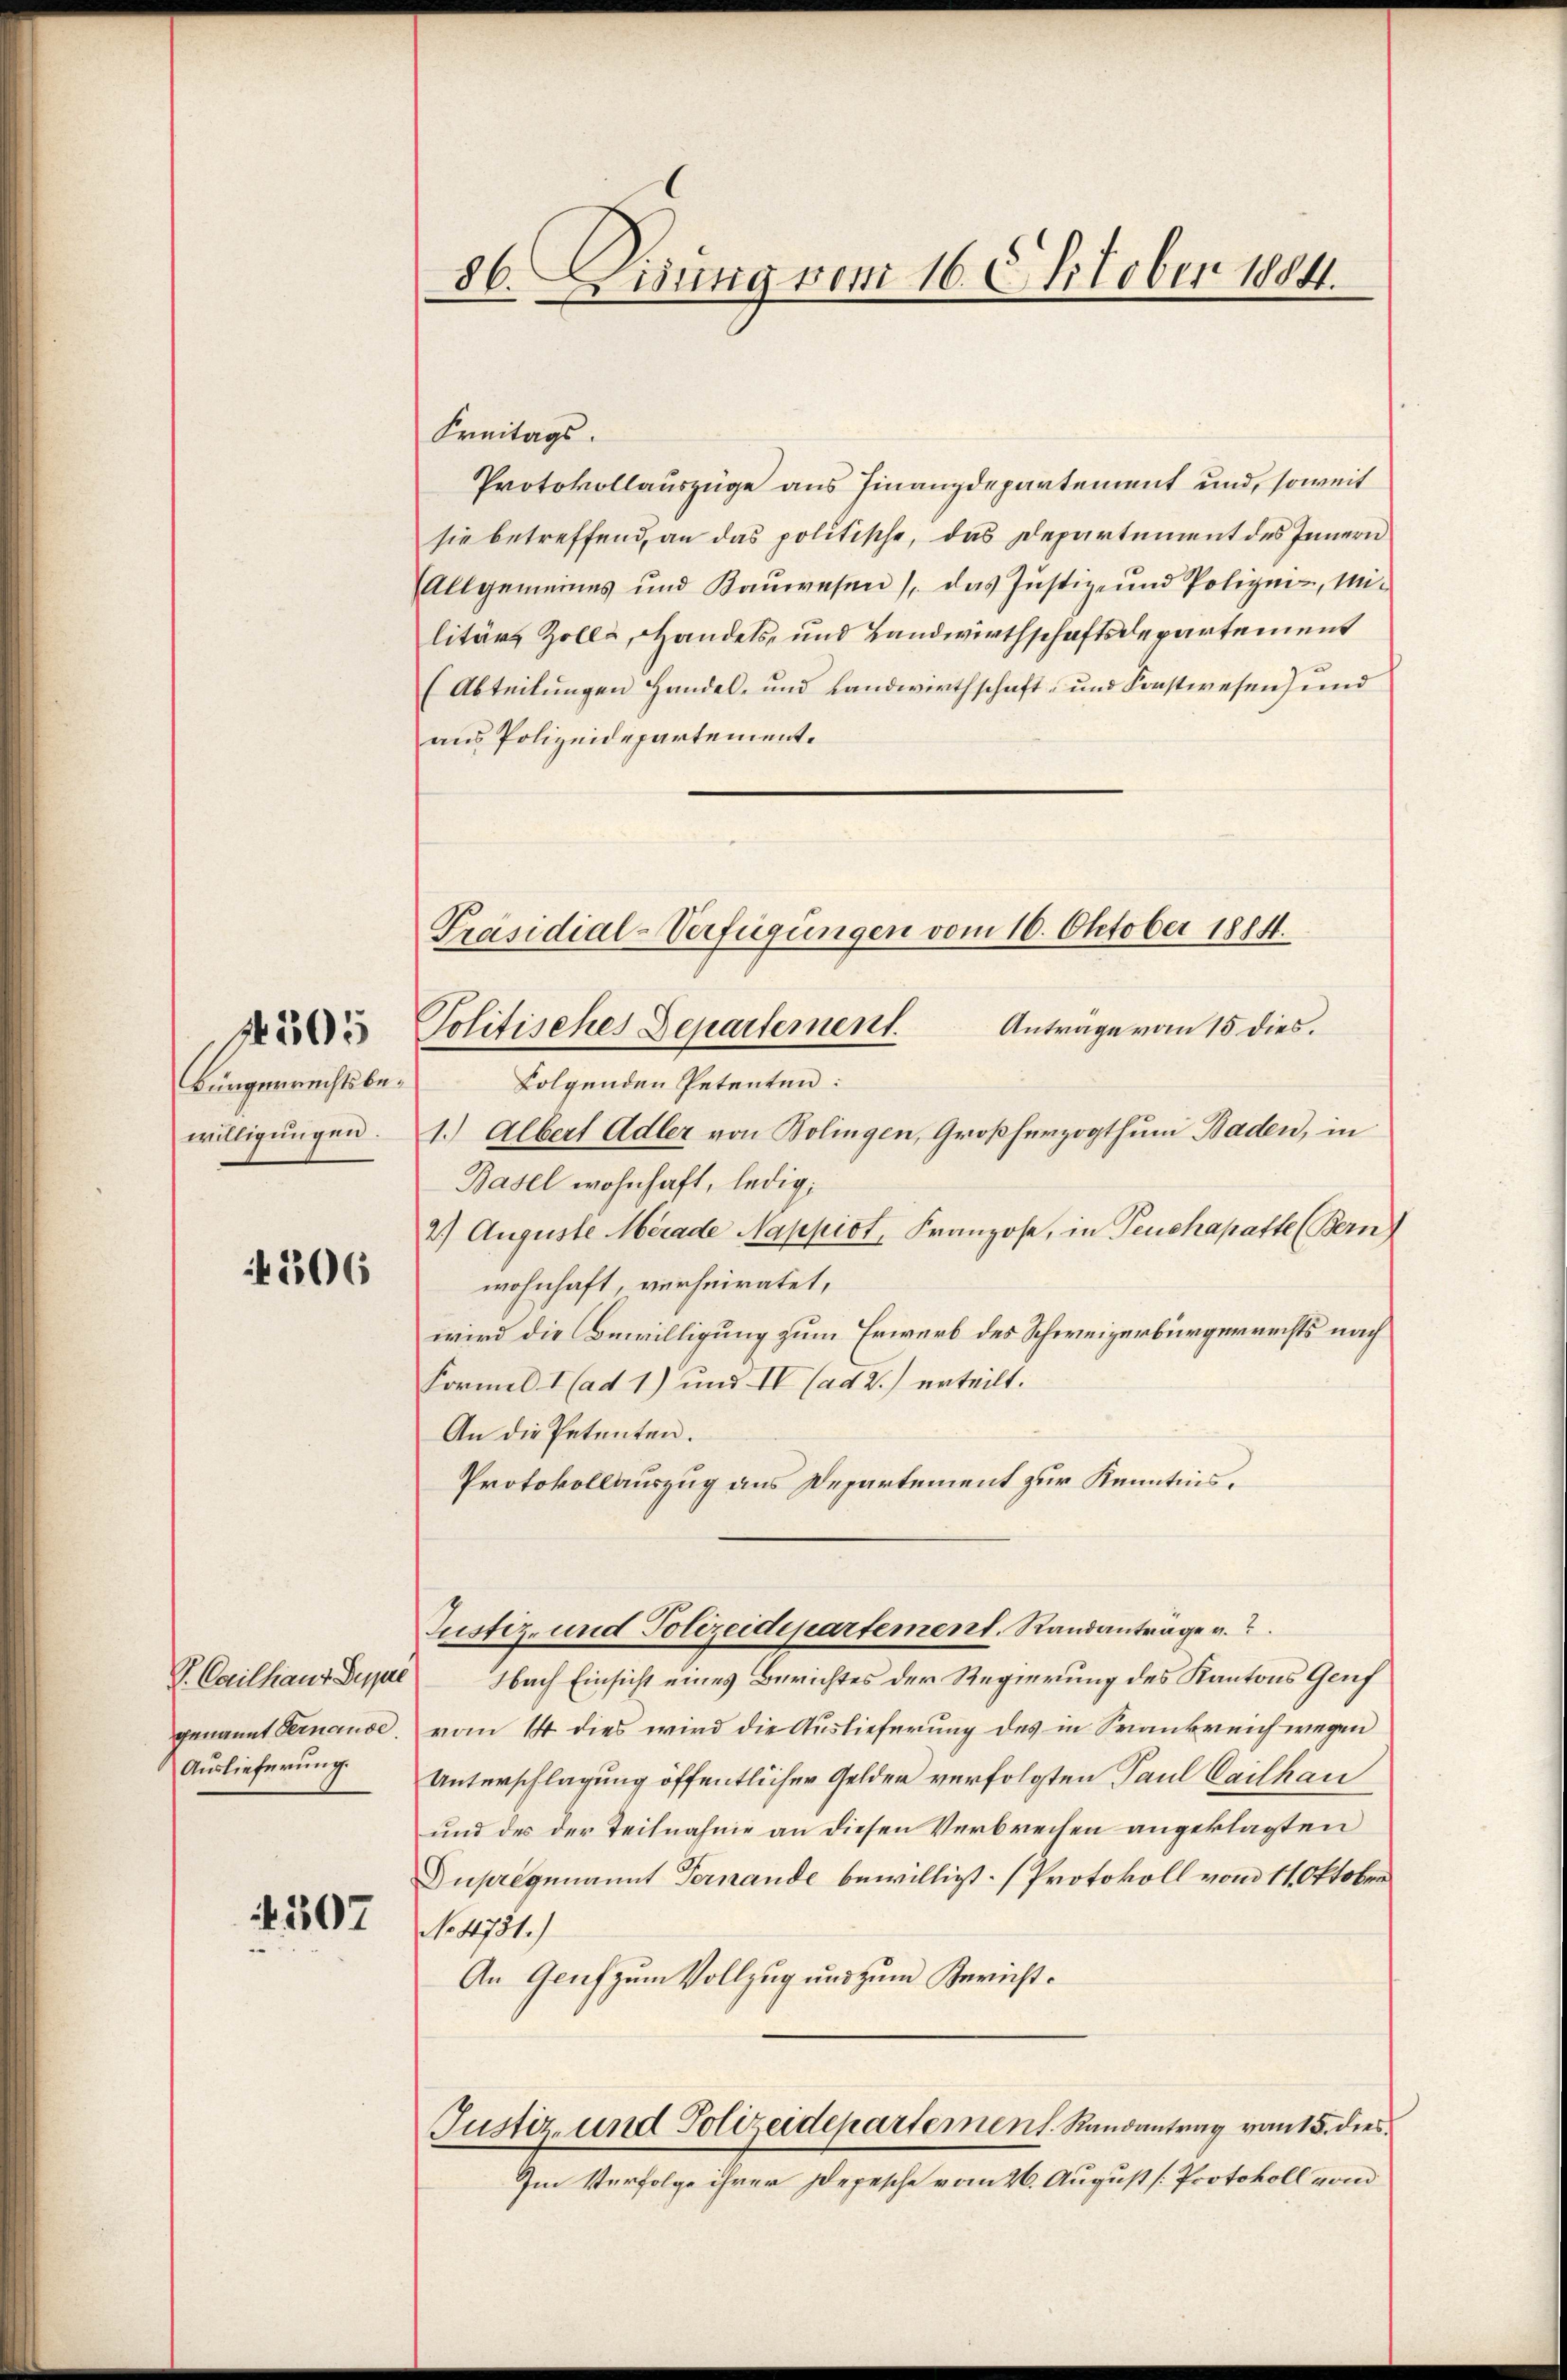
Bürgerrechtsbewilligungen.

1505

4306

V. Cailhaus Suppe
genannt Pernause.
Auslieferung.

4507

86. Dirung vom 16. Oktober 1884.

Präsidial-Verfügungen vom 16. Oktober 1884.
Politisches Departement. Anträge vom 15 dies

Freitags.
Protokollauszüge aus Finanzdepartement und, soweit
sie betreffend, an das politische, das Departement des Innern
Allgemeines und Kaŭwesen / das Justiz- und Polizei-, Mi-
litärs Zolle, Handels- und Landwirthschaftsdepartement
(Abteilungen Handel- und Landwirthschaft und Konstwesen und
aus Polizeidepartement.
folgenden Petenten:
1.) Albert Adler von Bolingen, Großherzogthum Baden, in
Basel wohnhaft, ledig,
2.) Auguste Merade Nappiot, Franzose, in Teuchapatte (Bern)
wohnhaft, verheiratet,
wird die Bewilligung zum Erwerb des Schweizerbürgerrechts nach
Formel I (ad 1) und IV (ad 2.) erteilt.
An die Petenten.
Protokollauszug aus Departement zur Kenntnis.
Justiz- und Polizeidepartement. Randantrage v.
Nach Einsicht eines Berichtes der Regierung des Kantons Genf
vom 14. dies wird die Auslieferung des in Spankreich wegen
Unterschlagung öffentlicher Gelden verfolgten Paul Cailkau
und des der Teilnahme an diesen Verbrechen angeklagten
Duprigenannt Fernande bewilligt. (Protokoll vom 11. Oktober
No 4731.)
An Genf zum Vollzug und zum Bericht¬
Justiz- und Polizeidepartement. Randantrag vom 15. dies
Im Verfolge ihrer Depesche vom 26. August [Protokoll von